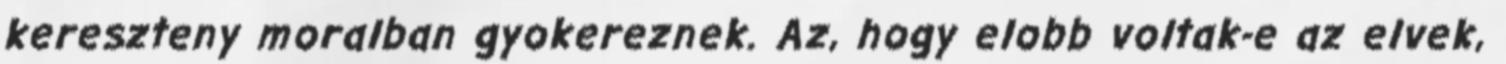
kereszteny moralban gyokereznek. Az, hogy elobb voltak-e az elvek,